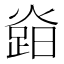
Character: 𤍷